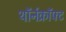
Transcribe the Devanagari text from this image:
थॉर्नक्रॉफ्ट